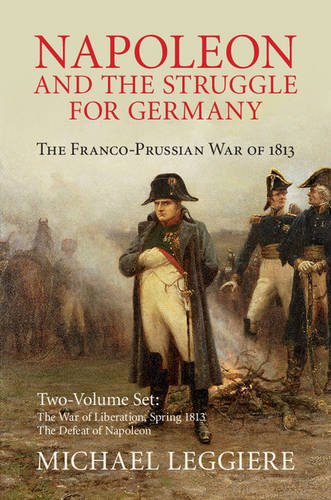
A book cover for Napoleon and the Struggle for Germany 2 Volume Set: The Franco-Prussian War of 1813 (Cambridge Military Histories); Michael V. Leggiere; History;